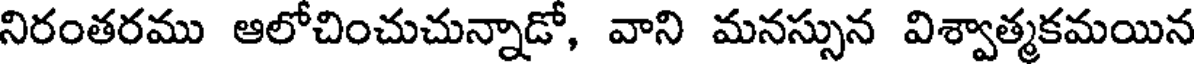
నిరంతరము ఆలోచించుచున్నాడో, వాని మనస్సున విశ్వాత్మకమయిన